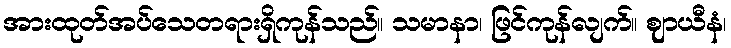
အားထုတ်အပ်သေတရားရှိကုန်သည်။ သမာနာ၊ ဖြင်ကုန်လျက်။ ဈာယီနံ၊